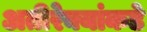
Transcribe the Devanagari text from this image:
अतीरेक्यांकडे